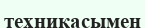
техникасымен